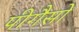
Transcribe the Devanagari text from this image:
पीगैसो